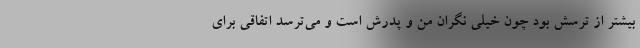
بیشتر از ترسش بود چون خیلی نگران من و پدرش است و می‌ترسد اتفاقی برای